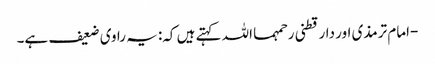
-امام ترمذی اور دارقطنی رحمہما اللہ کہتے ہیں کہ: یہ راوی ضعیف ہے۔